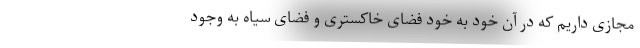
مجازی داریم که در آن خود به خود فضای خاکستری و فضای سیاه به وجود